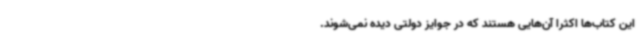
این کتاب‌ها اکثرا آن‌هایی هستند که در جوایز دولتی دیده نمی‌شوند.